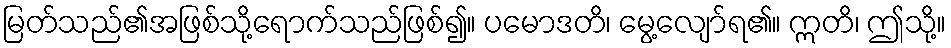
မြတ်သည်၏အဖြစ်သို့ရောက်သည်ဖြစ်၍။ ပမောဒတိ၊ မွေ့လျော်ရ၏။ ဣတိ၊ ဤသို့။